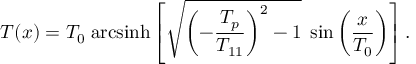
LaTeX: T ( x ) = T _ { 0 } \; \mathrm { a r c s i n h } \left[ \sqrt { \left( - \frac { T _ { p } } { T _ { 1 1 } } \right) ^ { 2 } - 1 } \; \sin \left( \frac { x } { T _ { 0 } } \right) \right] .